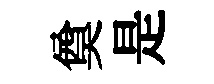
奠是